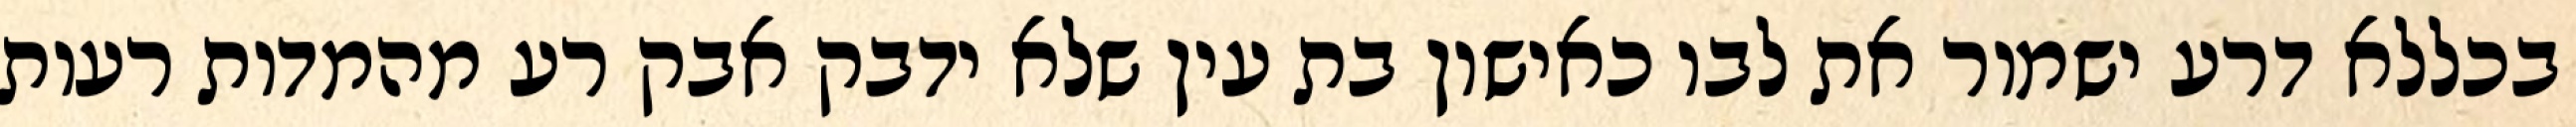
בכללא דרע ישמור את לבו כאישון בת עין שלא ידבק אבק רע מהמדות רעות